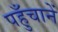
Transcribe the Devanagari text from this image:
पहुँचानें